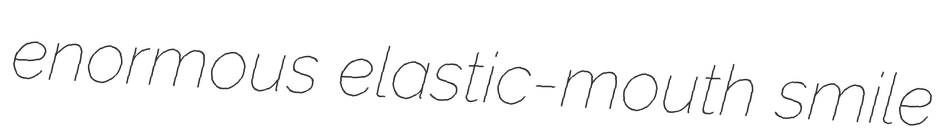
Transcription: enormous elastic-mouth smile